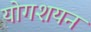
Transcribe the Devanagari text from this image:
योगशयन